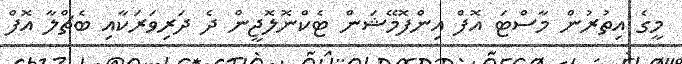
މީގެ އިތުރުން މާސްޓަ އޮފް އިންފޮމޭޝަން ޓެކްނޮލޮޖީން ދެ ދަރިވަރަކާއި ބެޗްލާ އޮފް